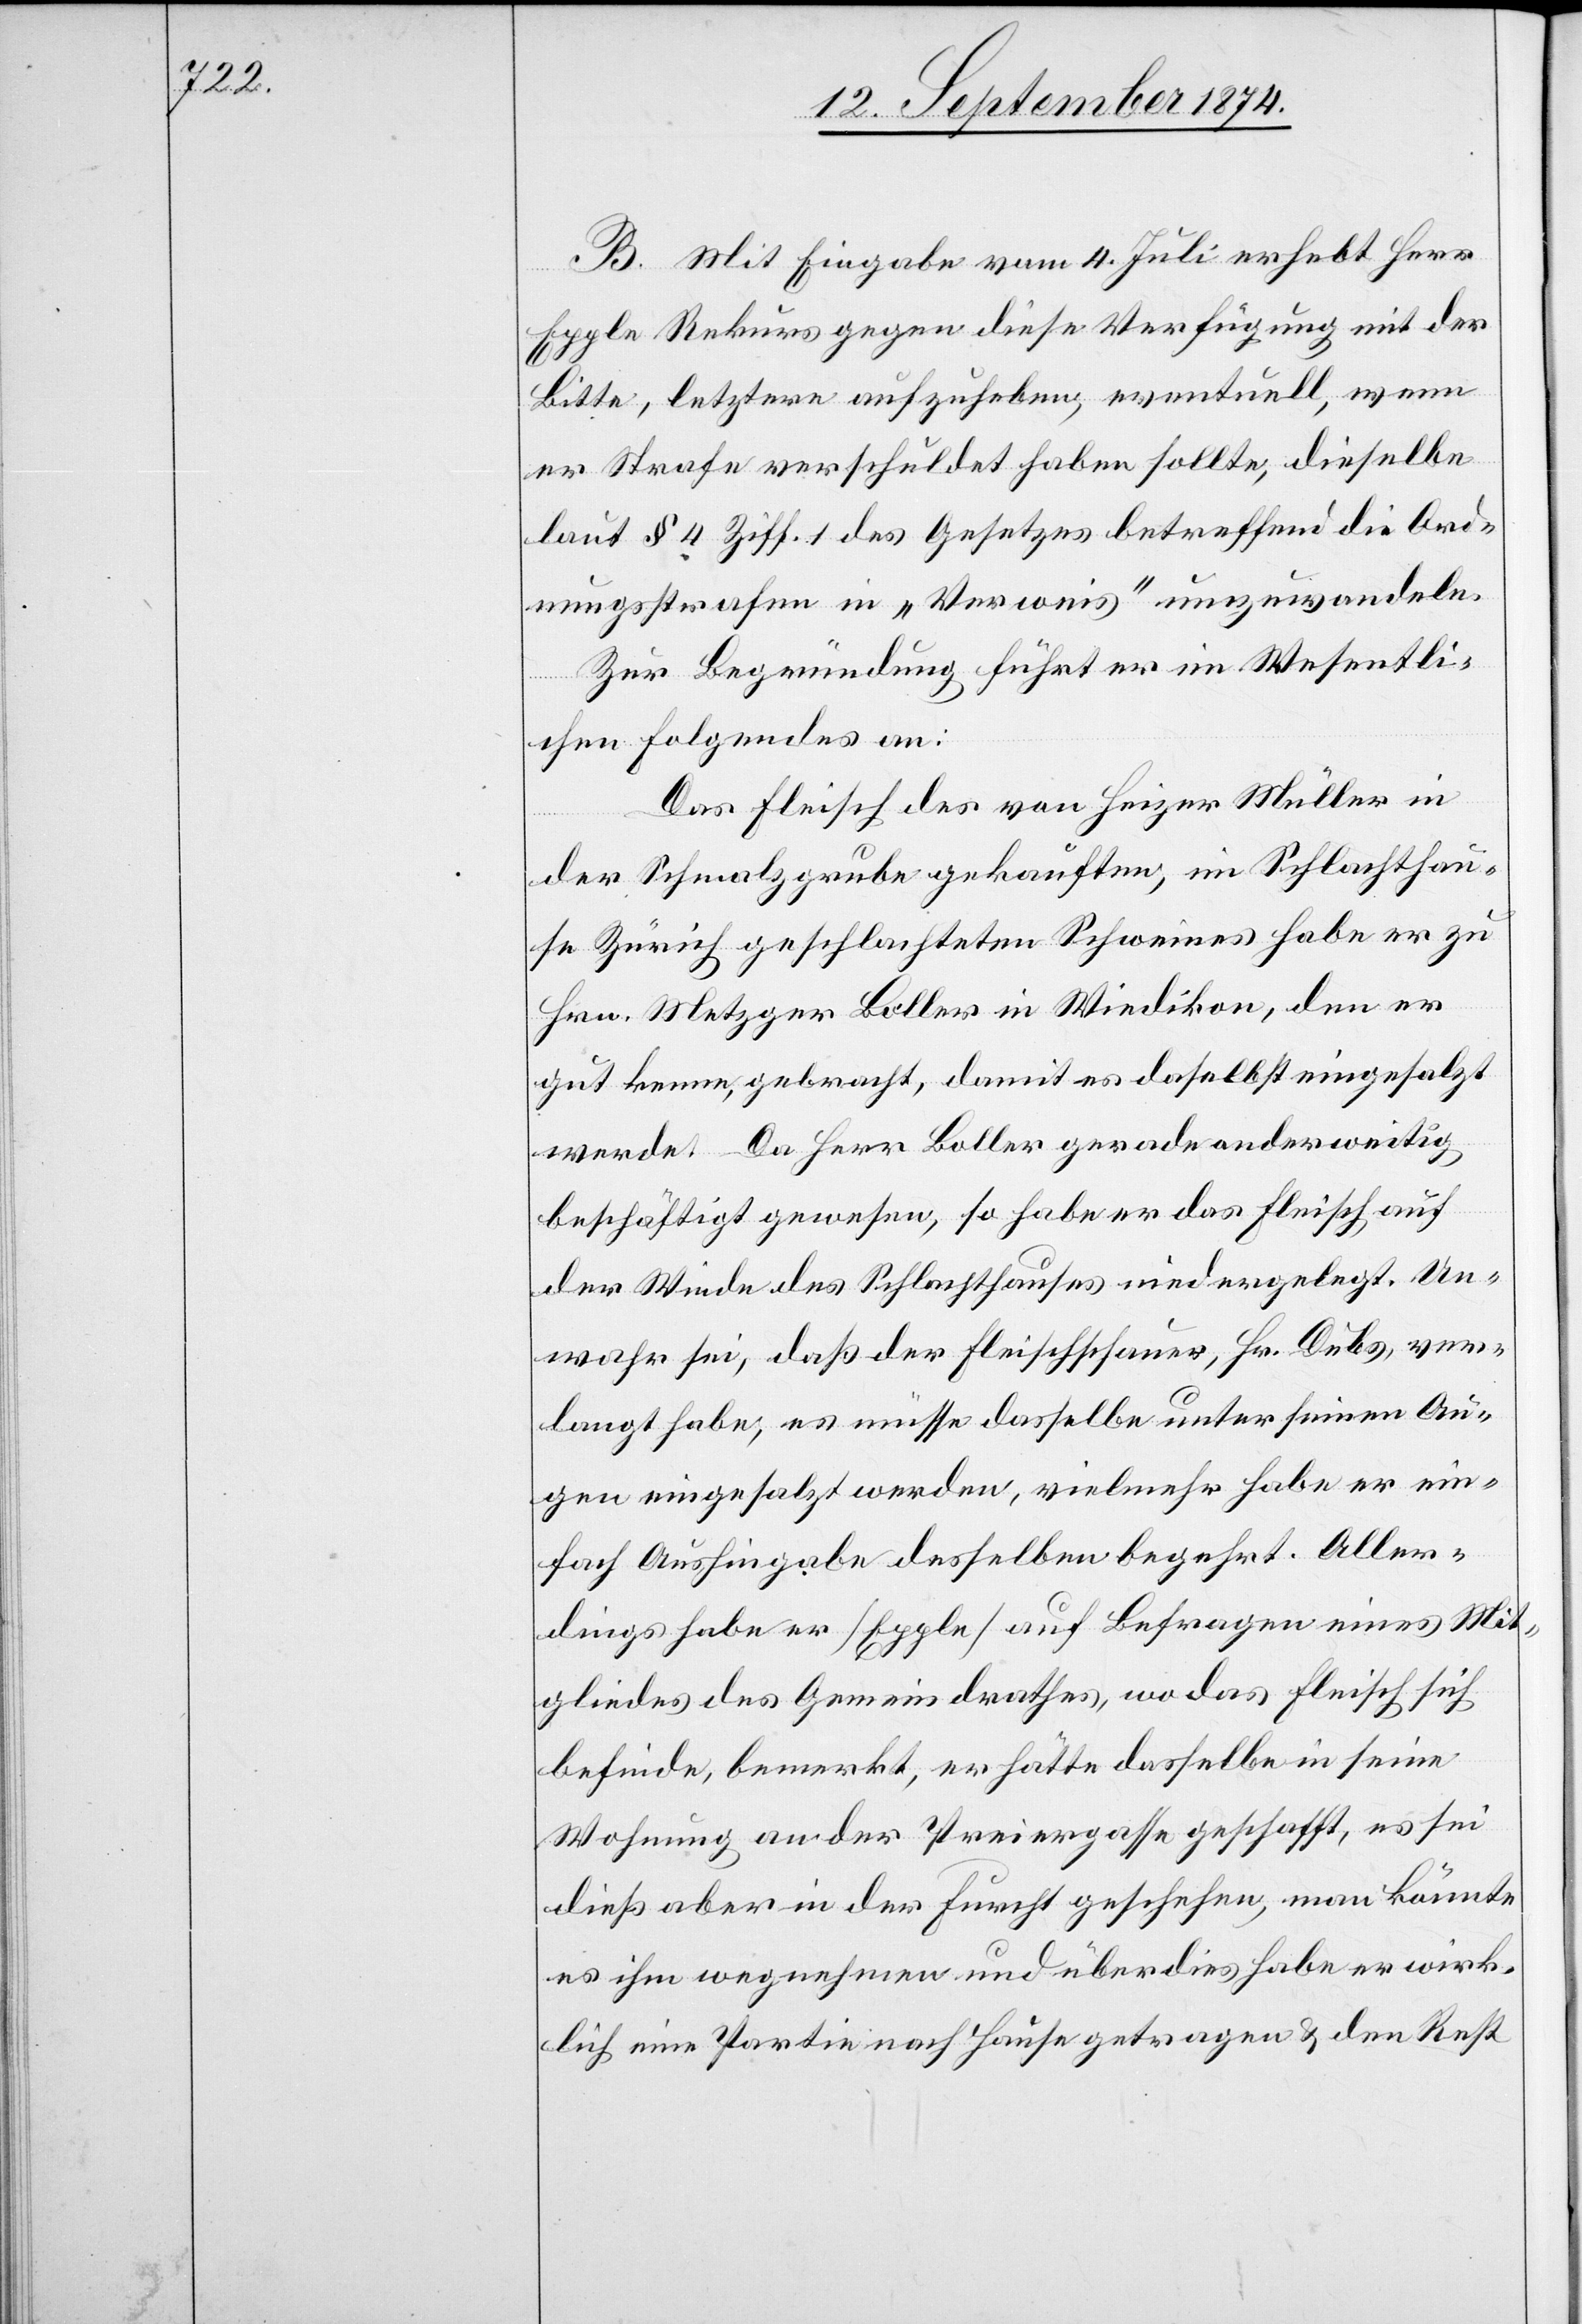
B. Mit Eingabe vom 4. Juli erhebt Herr
Epple Rekurs gegen diese Verfügung mit der
Bitte, letztere aufzuheben, eventuell, wenn
er Strafe verschuldet haben sollte, dieselbe
laut § 4 Ziff. 1 des Gesetzes betreffend die Ord¬
nungsstrafen in „Verweis“ umzuwandeln.
Zur Begründung führt er im Wesentli¬
chen Folgendes an:
Das Fleisch des von Heizer Müller in
der Schmalzgrube gekauften, im Schlachthau¬
se Zürich geschlachteten Schweines habe er zu
Hrn. Metzger Boller in Wiedikon, den er
gut kenne, gebracht, damit es daselbst eingesalzt
werde. Da Herr Boller gerade anderweitig
beschäftigt gewesen, so habe er das Flesich auf
der Winde des Schlachthauses niedergelegt. Un¬
wahr sei, daß der Fleischschauer, Hr. Dubs, ver¬
langt habe, es müsse dasselbe unter seinen Au¬
gen eingesalzt werden, vielmehr habe er ein¬
fach Aushingabe desselben begehrt. Aller¬
dings habe er [Epple] auf Befragen eines Mit¬
gliedes des Gemeindrathes, wo das Fleisch sich
befinde, bemerkt, er hätte dasselbe in seine
Wohnung an der Preiergasse geschafft, es sei
dieß aber in der Furcht geschehen, man könnte
es ihm wegnehmen und überdies habe er wirk¬
lich eine Partie nach Hause getragen & den Rest